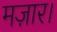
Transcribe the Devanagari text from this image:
मज़ार।